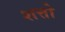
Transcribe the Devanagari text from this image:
शत्तो